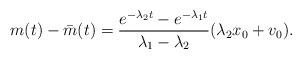
LaTeX: \begin{align*}m(t)-\bar{m}(t)=\frac{e^{-\lambda_2 t}-e^{-\lambda_1 t}}{\lambda_1-\lambda_2}(\lambda_2 x_0+ v_0).\end{align*}